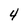
Character: 4